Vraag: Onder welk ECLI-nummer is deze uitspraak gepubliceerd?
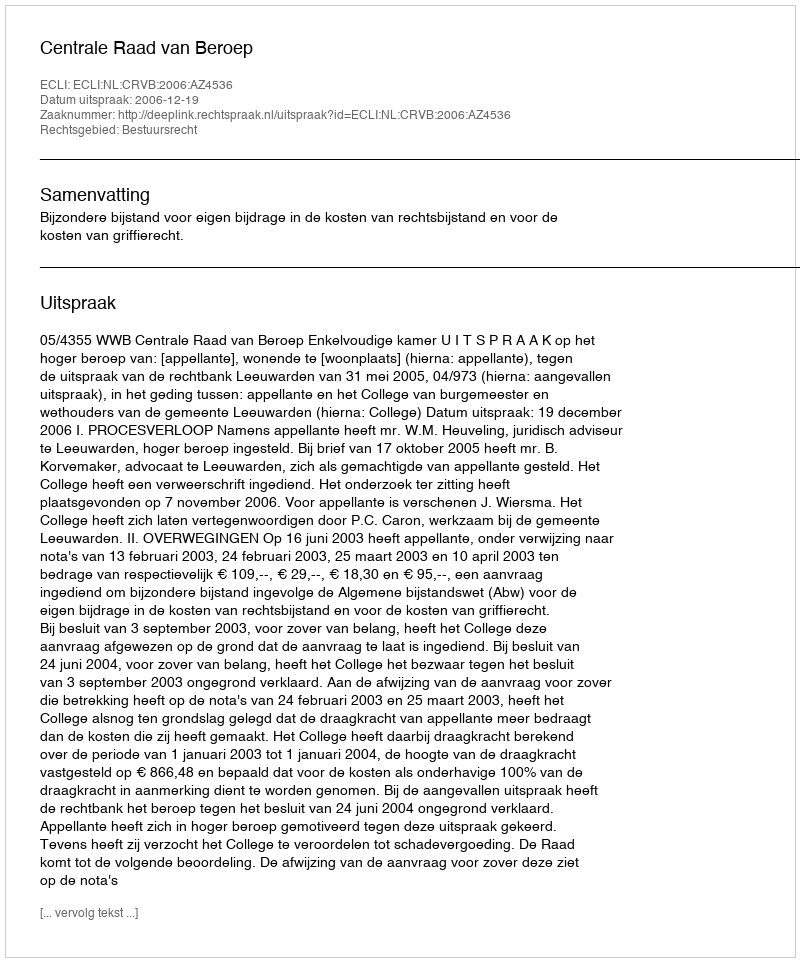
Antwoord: ECLI:NL:CRVB:2006:AZ4536